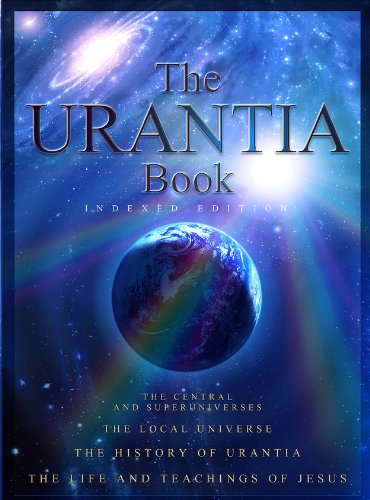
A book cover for The Urantia Book; Multiple Authors; Religion & Spirituality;